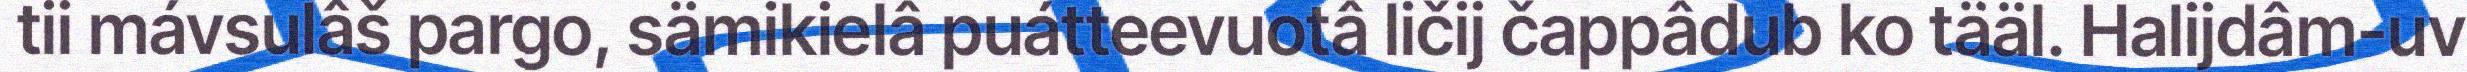
tii mávsulâš pargo, sämikielâ puátteevuotâ ličij čappâdub ko tääl. Halijdâm-uv